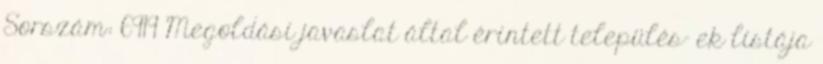
Sorszám: 6919 Megoldási javaslat által érintett település- ek listája